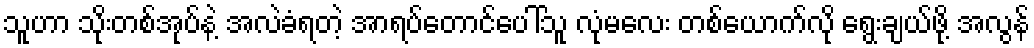
သူဟာ သိုးတစ်အုပ်နဲ့ အလဲခံရတဲ့ အာရပ်တောင်ပေါ်သူ လုံမလေး တစ်ယောက်လို ရွေးချယ်ဖို့ အလွန်